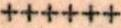
++++++